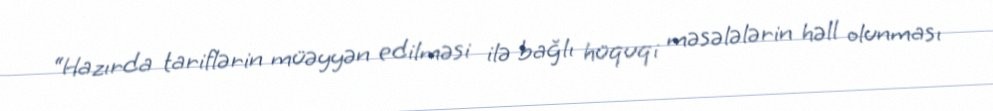
“Hazırda tariflərin müəyyən edilməsi ilə bağlı hüquqi məsələlərin həll olunması